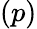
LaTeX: \left(p\right)